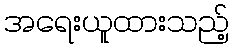
အရေးယူထားသည့်